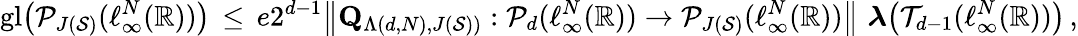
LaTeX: {\mathrm{gl}}\big(\mathcal{P}_{J(\mathcal{S})}(\ell_{\infty}^{N}(\mathbb{R}))\big)\, \le\, e2^{d-1}\big\| \mathbf{Q}_{\Lambda(d,N),J(\mathcal{S}))}:\mathcal{P}_{d}(\ell_{\infty}^{N}(\mathbb{R}))\to\mathcal{P}_{J(\mathcal{S})}(\ell_{\infty}^{N}(\mathbb{R}))\big\| \, \, \boldsymbol{\lambda}\big(\mathcal{T}_{d-1}(\ell_{\infty}^{N}(\mathbb{R}))\big)\, ,